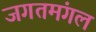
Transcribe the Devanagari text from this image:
जगतमंगल